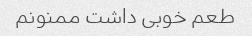
طعم خوبی داشت ممنونم